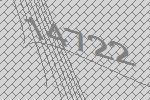
14722